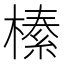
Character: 𭫦